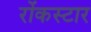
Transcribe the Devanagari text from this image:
रोंकस्टार